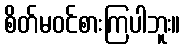
စိတ်မဝင်စားကြပါဘူး။